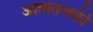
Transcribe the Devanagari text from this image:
आत्मतत्वकी